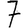
Digit: 7